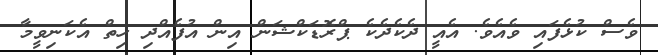
ވެސް ކުޅެފައި ވެއެވެ. އެއީ ދެކެދެކެ ޕްރޮޑަކްޝަން އިން އުފެއްދި ހިތް އެކަނިވީމާ